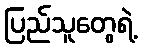
ပြည်သူတွေရဲ့